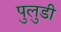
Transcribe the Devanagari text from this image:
पुलुडी